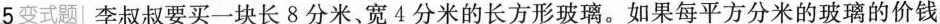
5变式题|李叔叔要买一块长8分米、宽4分米的长方形玻璃。如果每平方分米的玻璃的价钱